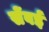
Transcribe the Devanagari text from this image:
सेंवई